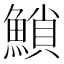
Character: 𩹳